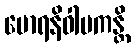
မောရနိဝါပကန္တိ